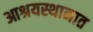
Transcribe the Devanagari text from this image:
आश्रयस्थानात